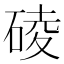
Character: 碐